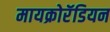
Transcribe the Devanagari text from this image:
मायक्रोरॅडियन